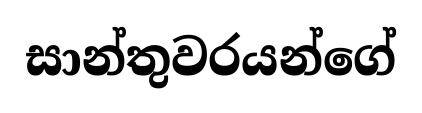
සාන්තුවරයන්ගේ